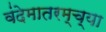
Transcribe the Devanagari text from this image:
वंदेमातरम्च्या